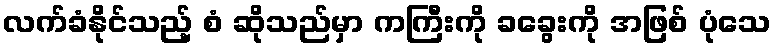
လက်ခံနိုင်သည့် စံ ဆိုသည်မှာ ကကြီးကို ခခွေးကို အဖြစ် ပုံသေ